Report on malaria in the Punjab during the year ...  together with an account of the work of the Punjab Malaria Bureau - Volume 4
Disease focus: Malaria
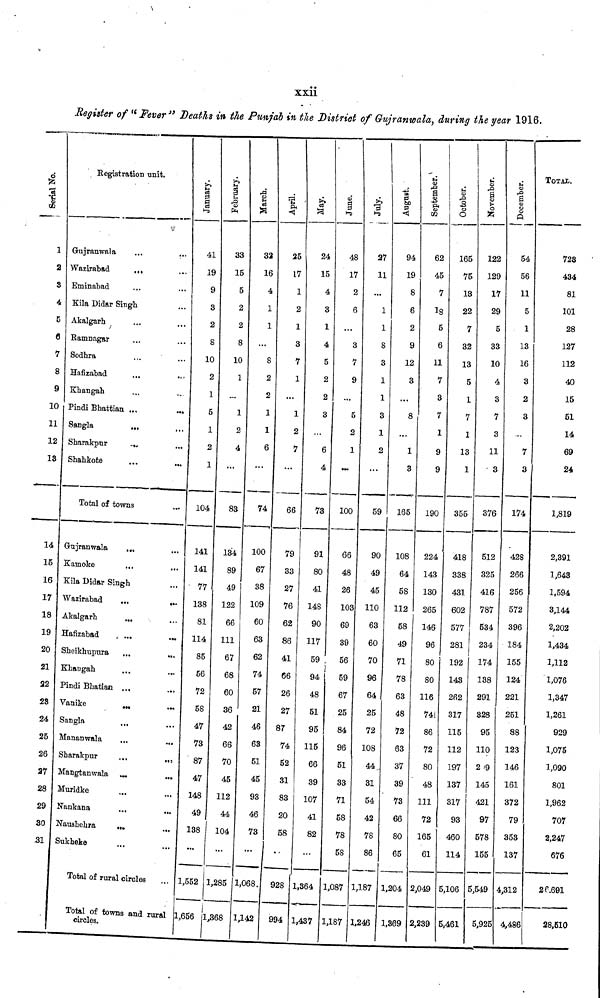
xxii
Register of "Fever" Deaths in the Punjab in the District of Gujranwala, during the year 1916.
1
2
3
4
5
6
7
8
9
10
11
12
13
14
15
16
17
18
19
20
21
22
23
24
25
26
27
28
29
30
.31
Registration unit.
Gujranwala
Wazirabad
...
Eminabad
Kila Didar Singh
Akalgarh
Ramnagar
Sodhra
Hafizabad
Khangah
Pindi Bhattian ...
Sangla
...
Sharakpur
...
Shahkote
Total of towns
Gujranwala
...
Kamoke
...
Kila Didar Singh
Wazirabad
...
...
Akalgarh
...
Hafizabad
...
...
Sheikhupura
...
...
Khangah
Pindi Bhatian ...
...
Vanike
...
...
Sangla
Mananwala
Sharakpur
Mangtanwala ...
Muridke
Nankana
...
Naushehra
...
Sukheke
Total of rural circles
Total of towns and rural
circles.
January.
41
19
9
3
2
S
10
2
1
5
1
2
1
104
141
141
77
138
81
l14
85
56
72
58
47
73
87
47
148
49
138
1,552
1,656 1
February.
33
15
5
2
2
8
10
1
...
1
2
4
...
83
134
89
49
122
66
111
67
68
60
36
42
66
70
45
112
44
104
1,285
,368
March.
32
16
4
1
1
...
8
2
2
1
1
6
...
74
100
67
38
109
60
63
62
74
57
21
46
63
51
45
93
46
73
1,068.
1,142
April.
25
17
1
2
1
3
7
1
...
1
2
7
...
66
79
33
27
76
62
86
41
66
26
27
87
74
52
31
83
20
58
928
994
May.
24
15
4
3
1
4
5
2
2
3
6
4
73
91
80
41
148
90
117
59
94
48
51
95
115
66
39
107
41
82
...
1,364
1,437
June.
48
17
2
6
...
3
7
9
...
5
2
1
...
100
66
48
26
103
69
39
56
59
67
25
84
96
51
33
71
58
78
58
1,087
1,187
July.
27
11
...
1
1
8
3
1
1
3
1
2
...
59
90
49
45
110
63
60
70
96
64
25
72
108
44..
31
54
42
78
86
1,187
1.246
August.
94
19
8
6
2
9
12
3
...
8
...
1
3
165
108
64
58
112
58
49
71
78
63
48
72
63
37
39
73
66
80
65
1,204
1,369
er.
September.
62
45
7
18
5
6
11
7
3
7
1
9
9
190
224
143
130
265
146
96
80
80
116
74;
86
72
80
48
111
72
165
61
2,049
2,239
October.
165
75
13
22
7
32
13
5
1
7
1
13
1
355
418
338
431
602
577
281
192
143
262
317
115
112
197
137
317
93
460
114
5,106
6,461
November.
1
122
129
17
29
5
33
10
4
3
7
3
11
3
376
512
325
416
787
534
234
174
138
291
328
95
110
209
145
421
97
578
155
5,549
5,925
December.
54
56
11
5
1
13
16
3
2
3
7
3
174
428
266
256
572
396
184
155
124
221
251
88
123
146
161
372
79
353
137
4,312
4,486
TOTAL.
728
434
81
101
28
127
112
40
15
51
14
69
24
1,819
2,391
1,643
1,594
3,144
2,202
1,434
1,112
1,076
1,347
1,261
929
1,075
1,090
801
1,962
707
2,247
676
26.691
28,610